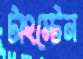
টাংস্টেন